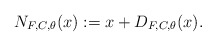
\begin{align*} N_{F,C,\theta}(x):=x+D_{F,C, \theta}(x).\end{align*}